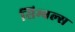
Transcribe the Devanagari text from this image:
सिम्बल्स